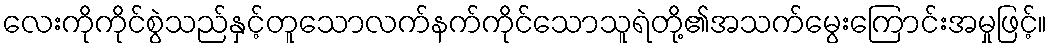
လေးကိုကိုင်စွဲသည်နှင့်တူသောလက်နက်ကိုင်သောသူရဲတို့၏အသက်မွေးကြောင်းအမှုဖြင့်။